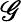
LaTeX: \mathscr{G}